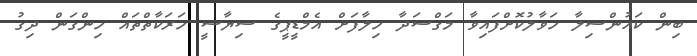
ބިން ކައުންސިލާ ހަވާލުކޮށްފައިވާ މަގްސަދާ ހިލާފަށް އެމްޑީޕީގެ ސިޔާސީ ހަރަކާތްތައް ހިންގަން ދިގު